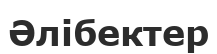
Әлібектер